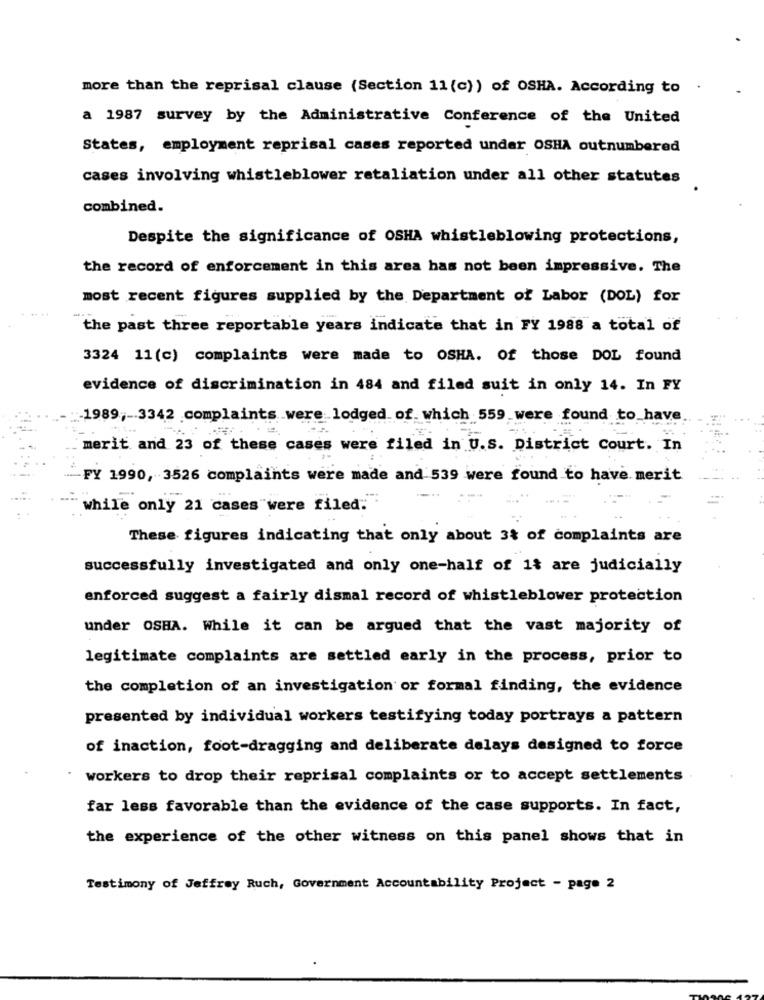
more than the reprisal clause (Section 11 (c)) of OSHA. According to
a 1987 survey by the Administrative Conference of the United
States, employment reprisal cases reported under OSHA outnumbered
cases involving whistleblower retaliation under all other statutes
combined.
Despite the significance of OSHA whistleblowing protections,
the record of enforcement in this area has not been impressive. The
most recent figures supplied by the Department of Labor (DOL) for
the past three reportable years indicate that in FY 1988 a total of
3324 11(c) complaints were made to OSHA. Of those DOL found
evidence of discrimination in 484 and filed suit in only 14. In FY
-1989 ,- 3342 complaints were lodged of which 559 were found to_have
merit and 23 of these cases were filed in U.S. District Court. In
FY 1990, 3526 complaints were made and 539 were found to have merit
while only 21 cases were filed.
These figures indicating that only about 3% of complaints are
successfully investigated and only one-half of it are judicially
enforced suggest a fairly dismal record of whistleblower protection
under OSHA. While it can be argued that the vast majority of
legitimate complaints are settled early in the process, prior to
the completion of an investigation or formal finding, the evidence
presented by individual workers testifying today portrays a pattern
of inaction, foot-dragging and deliberate delays designed to force
workers to drop their reprisal complaints or to accept settlements
far less favorable than the evidence of the case supports. In fact,
the experience of the other witness on this panel shows that in
Testimony of Jeffrey Ruch, Government Accountability Project - page 2